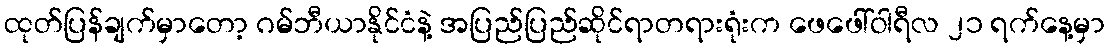
ထုတ်ပြန်ချက်မှာတော့ ဂမ်ဘီယာနိုင်ငံနဲ့ အပြည်ပြည်ဆိုင်ရာတရားရုံးက ဖေဖေါ်ဝါရီလ ၂၁ ရက်နေ့မှာ